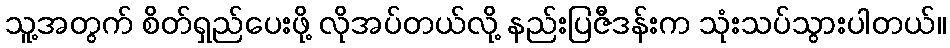
သူ့အတွက် စိတ်ရှည်ပေးဖို့ လိုအပ်တယ်လို့ နည်းပြဇီဒန်းက သုံးသပ်သွားပါတယ်။